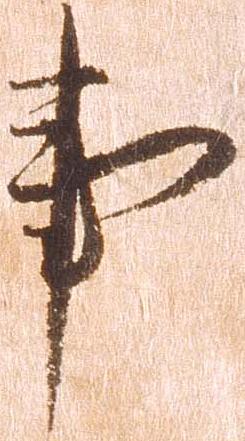
事